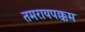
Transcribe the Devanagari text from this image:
तमरायपक्कम